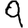
Digit: 9